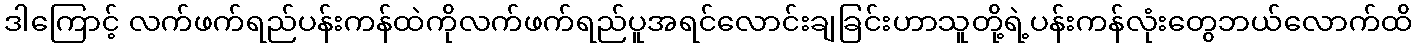
ဒါကြောင့် လက်ဖက်ရည်ပန်းကန်ထဲကိုလက်ဖက်ရည်ပူအရင်လောင်းချခြင်းဟာသူတို့ရဲ့ပန်းကန်လုံးတွေဘယ်လောက်ထိ